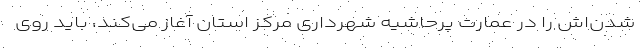
شدن‌اش را در عمارت پرحاشیه شهرداری مرکز استان آغاز می‌کند، باید روی